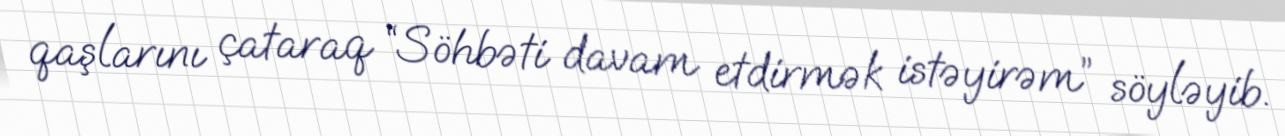
qaşlarını çataraq “Söhbəti davam etdirmək istəyirəm” söyləyib.